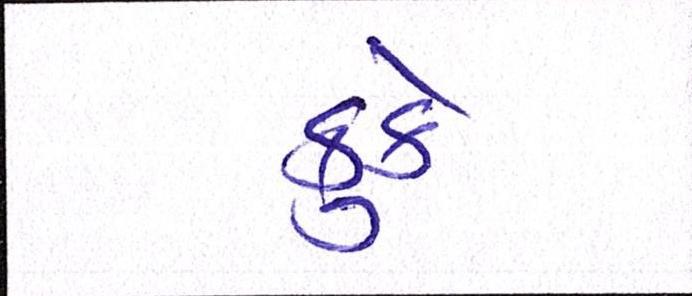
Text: કુકે